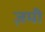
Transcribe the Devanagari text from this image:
ज़मी